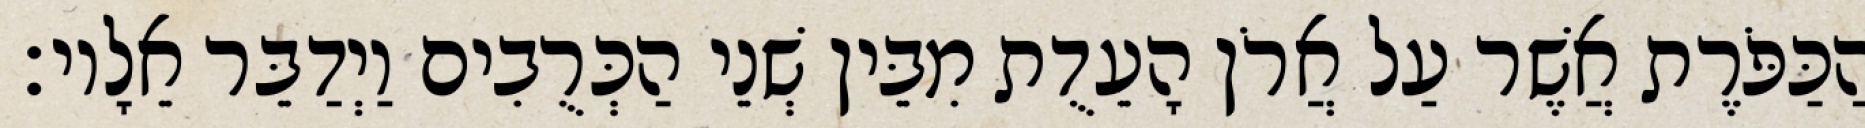
הַכַּפֹּרֶת אֲשֶׁר עַל אֲרֹן הָעֵדֻת מִבֵּין שְׁנֵי הַכְּרֻבִים וַיְדַבֵּר אֵלָיו׃